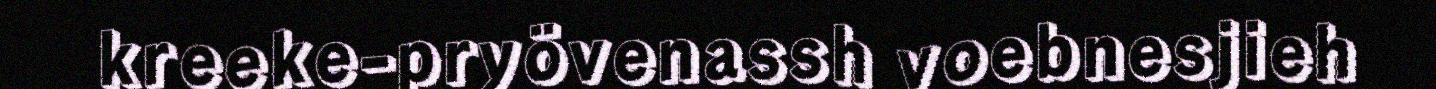
kreeke-pryövenassh voebnesjieh